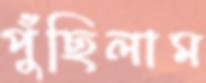
পুঁছিলাম